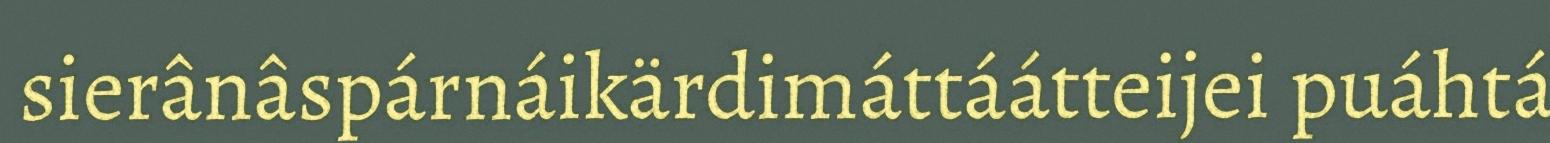
sierânâspárnáikärdimáttáátteijei puáhtá